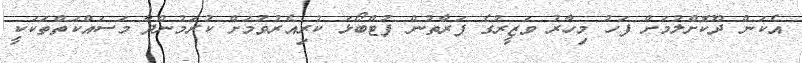
އެކަން ދޫކޮށްލުމަށް ފަހު މިހާރު ވަޒީރުގެ ފަރާތުން ފުޓްބޯޅަ ކުރިއެރުވުމަށް ކުރަމުންދާ މަސައްކަތްތަކަކީ